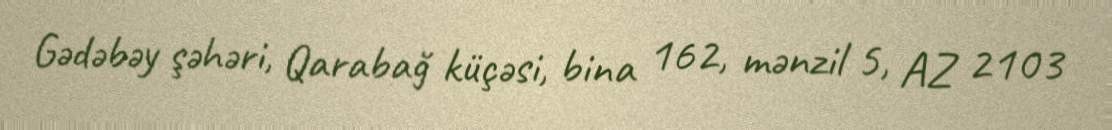
Gədəbəy şəhəri, Qarabağ küçəsi, bina 162, mənzil 5, AZ 2103